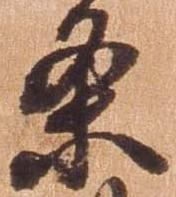
条